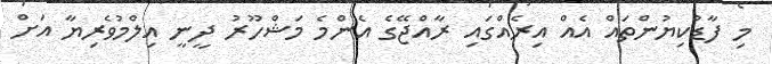
މި ފާޑުކިޔުންތައް އެއް އިރެއްގައި ރާއްޖޭގެ އެންމެ މަޝްހޫރު ދީނީ އިލްމުވެރިޔާ އަށް